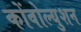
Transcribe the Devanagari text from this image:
कोंवोल्युशन